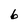
Character: 6